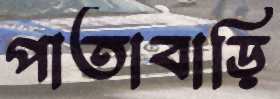
পাতাবাড়ি